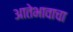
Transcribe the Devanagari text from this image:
आतेभावाचा